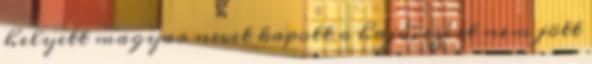
helyett magyar nevet kapott a hajó, ezért nem jött